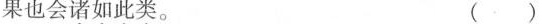
果也会诸如此类。 ( )